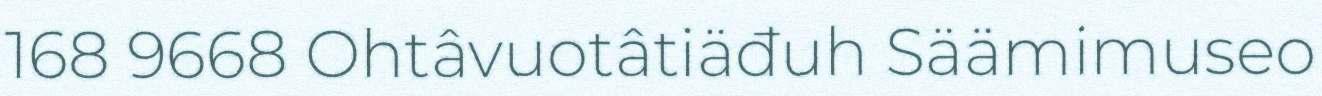
168 9668 Ohtâvuotâtiäđuh Säämimuseo